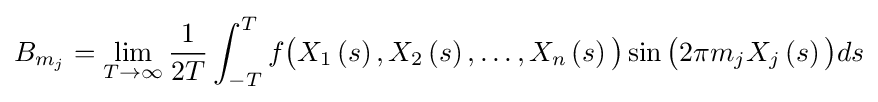
B_{m_{j}}=\lim _{T\to \infty }{\frac {1}{2T}}\int _{-T}^{T}f{\bigl (}X_{1}\left(s\right),X_{2}\left(s\right),\dots ,X_{n}\left(s\right){\bigr )}\sin {\bigl (}2\pi m_{j}X_{j}\left(s\right){\bigr )}ds